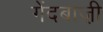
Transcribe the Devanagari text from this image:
गेंदबाज़़ी